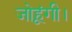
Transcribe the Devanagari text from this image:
जोहूंगी।